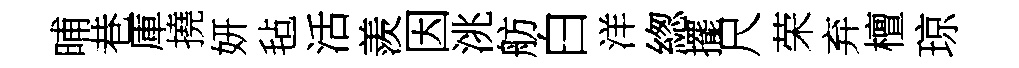
晡巷庫撓妍毡活羨因洮舫白洋緫擺尺荣弃檀琼